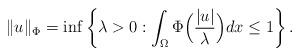
LaTeX: \begin{align*}\Vert u \Vert_{\Phi} = \inf\left\{ \lambda > 0 : \int_{\Omega}\Phi\Big(\frac{|u|}{\lambda}\Big)dx \leq1\right\}.\end{align*}